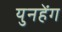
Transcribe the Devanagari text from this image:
युनहेंग